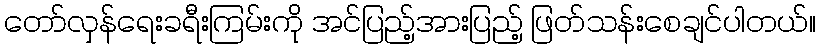
တော်လှန်ရေးခရီးကြမ်းကို အင်ပြည့်အားပြည့် ဖြတ်သန်းစေချင်ပါတယ်။